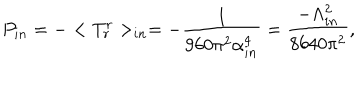
P _ { i n } = - < T _ { r } ^ { r } > _ { i n } = - \frac { 1 } { 9 6 0 \pi ^ { 2 } \alpha _ { i n } ^ { 4 } } = \frac { - \Lambda _ { i n } ^ { 2 } } { 8 6 4 0 \pi ^ { 2 } } ,